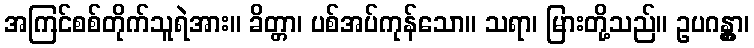
အကြင်စစ်တိုက်သူရဲအား။ ခိတ္တာ၊ ပစ်အပ်ကုန်သော။ သရာ၊ မြားတို့သည်။ ဥပဂန္တွာ၊